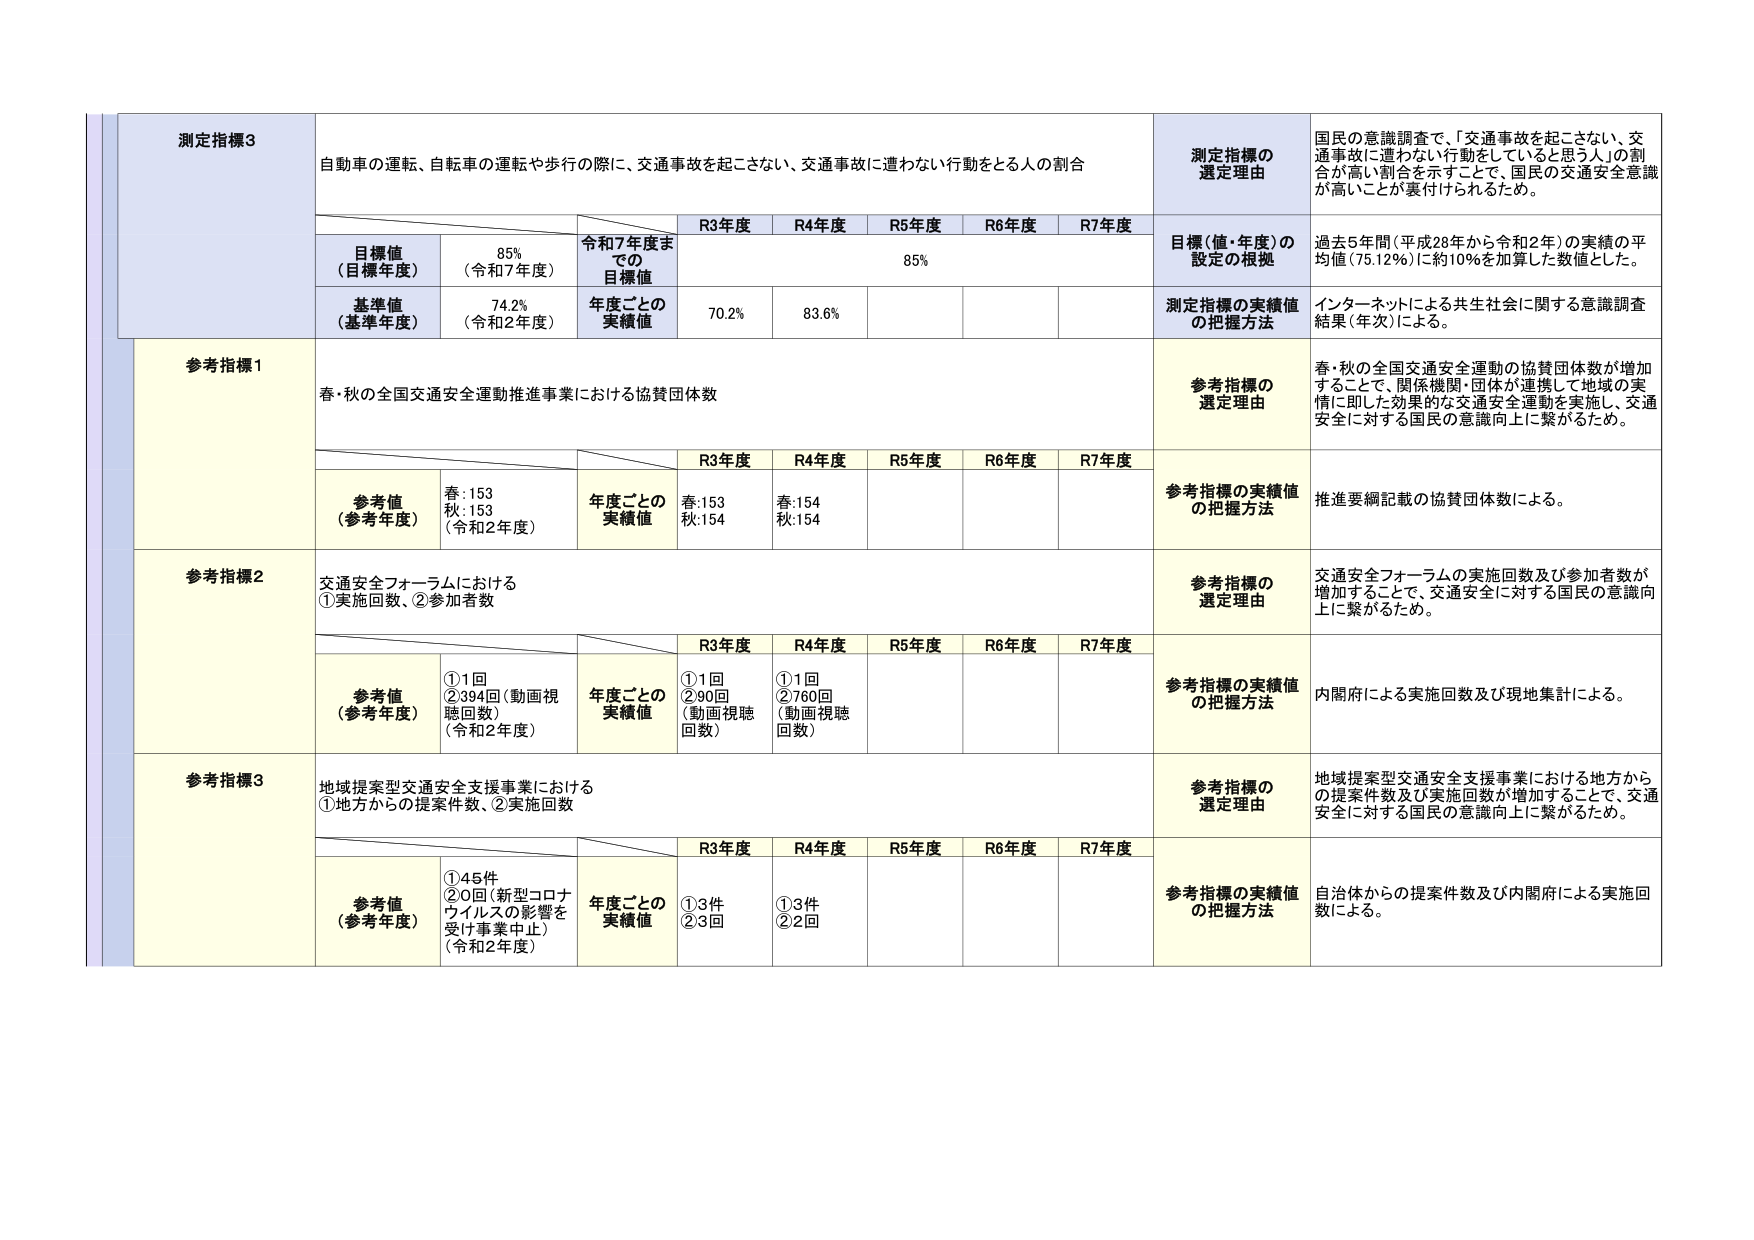
測定指標3
自動車の運転、自転車の運転や歩行の際に、交通事故を起こさない、交通事故に遭わない行動をとる人の割合

測定指標の選定理由
国民の意識調査で、「交通事故を起こさない、交通事故に遭わない行動をしていると思う人」の割合が高い割合を示すことで、国民の交通安全意識が高いことが裏付けられるため。

目標値（目標年度）
85%（令和7年度）
令和7年度までの目標値
85%

基準値（基準年度）
74.2%（令和2年度）
年度ごとの実績値
R3年度：70.2%
R4年度：83.6%
R5年度：
R6年度：
R7年度：

目標（値・年度）の設定の根拠
過去5年間（平成28年から令和2年）の実績の平均値（75.12%）に約10%を加算した数値とした。

測定指標の実績値の把握方法
インターネットによる共生社会に関する意識調査結果（年次）による。

参考指標1
春・秋の全国交通安全運動推進事業における協賛団体数

参考指標の選定理由
春・秋の全国交通安全運動の協賛団体数が増加することで、関係機関・団体が連携して地域の実情に即した効果的な交通安全運動を実施し、交通安全に対する国民の意識向上に繋がるため。

参考値（参考年度）
春：153
秋：153
（令和2年度）
年度ごとの実績値
R3年度：春：153、秋：154
R4年度：春：154、秋：154
R5年度：
R6年度：
R7年度：

参考指標の実績値の把握方法
推進要綱記載の協賛団体数による。

参考指標2
交通安全フォーラムにおける
①実施回数、②参加者数

参考指標の選定理由
交通安全フォーラムの実施回数及び参加者数が増加することで、交通安全に対する国民の意識向上に繋がるため。

参考値（参考年度）
①1回
②394回（動画視聴回数）
（令和2年度）
年度ごとの実績値
R3年度：①1回、②90回（動画視聴回数）
R4年度：①1回、②760回（動画視聴回数）
R5年度：
R6年度：
R7年度：

参考指標の実績値の把握方法
内閣府による実施回数及び現地集計による。

参考指標3
地域提案型交通安全支援事業における
①地方からの提案件数、②実施回数

参考指標の選定理由
地域提案型交通安全支援事業における地方からの提案件数及び実施回数が増加することで、交通安全に対する国民の意識向上に繋がるため。

参考値（参考年度）
①45件
②0回（新型コロナウイルスの影響を受け事業中止）
（令和2年度）
年度ごとの実績値
R3年度：①3件、②3回
R4年度：①3件、②2回
R5年度：
R6年度：
R7年度：

参考指標の実績値の把握方法
自治体からの提案件数及び内閣府による実施回数による。